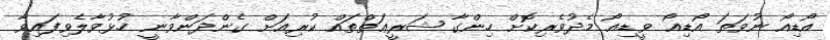
އޯޑިއޯ ނުވަތަ އޯޑިއޯ ވީޑިއޯ މެދުވެރިކޮށް ހިންގާ ޝަރީޢަތްތައް ކުރިއަށް ގެންދަންވާނީ ހުޅުވާލެވިފައިވާ